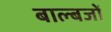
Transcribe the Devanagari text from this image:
बाल्बजों